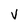
Character: V